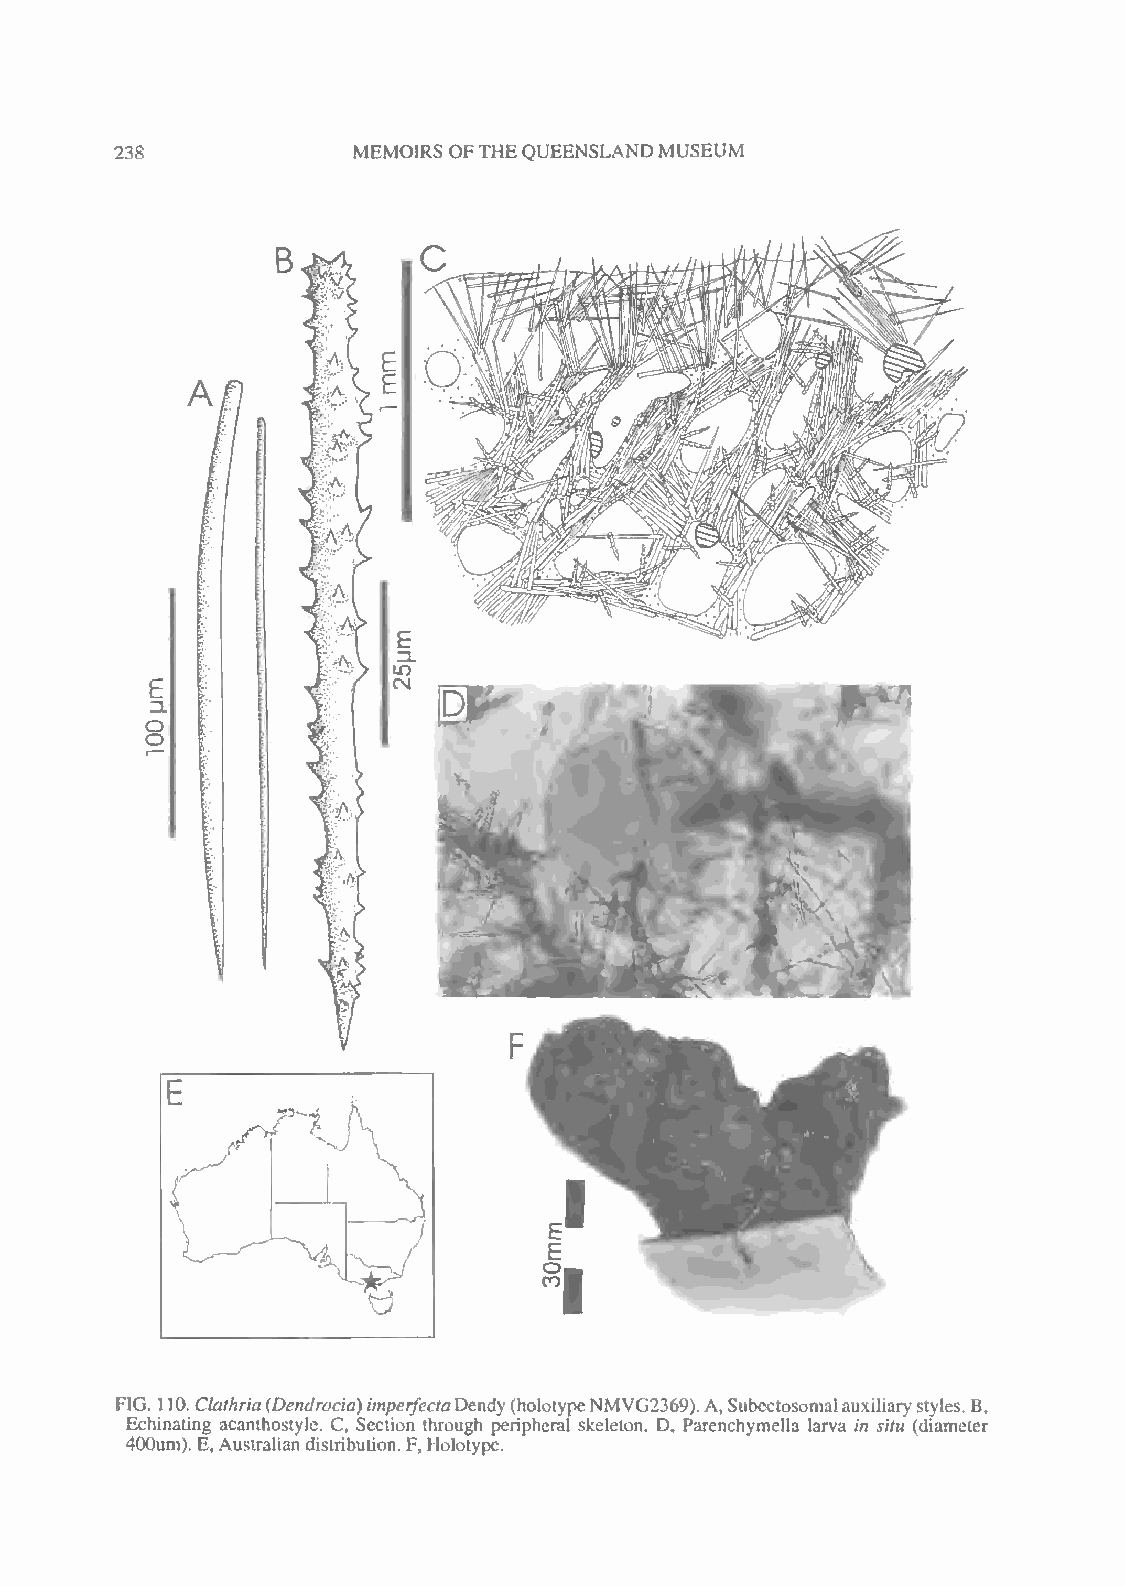
238            MEMOIRS OFTHEQUEENSLAND MUSEUM
 FIG. 110.Clathria(Dendrocia)imperfectaDendy(holotypeNMVG2369).A,Subcctosomalauxiliarystyles. B,
 Echinating acanthostyle. C, Section through peripheral skeleton. D, Parenchymella larva in situ (diameter
 400um). E,Australiandistribution. F, Holotype,